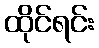
ထိုင်ရင်း